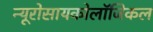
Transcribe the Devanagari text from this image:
न्यूरोसायकोलॉजिकल